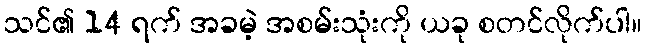
သင်၏ 14 ရက် အခမဲ့ အစမ်းသုံးကို ယခု စတင်လိုက်ပါ။